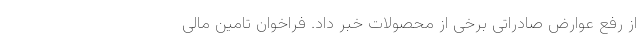
از رفع عوارض صادراتی برخی از محصولات خبر داد. فراخوانِ تامین مالی